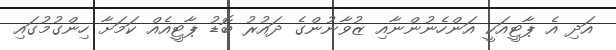
އަދި އެ ޕާޓީއަކީ އަންހެނުންނާއި ޒުވާނުންގެ ދައުރު ބޮޑު ޕާޓީއެއް ކަަމަށާ ހިންގުމުގައި